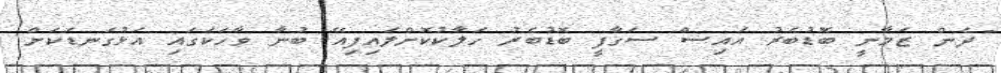
"ދެން ޒަމާނީ ބޮޑުބެރު އައިސް ސަގާފީ ބޮޑުބެރު ހަލާކުކޮށްލައިފިއޭ ބުނާ ވާހަކަގައި އަޅުގަނޑަކަށް